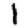
Digit: 1